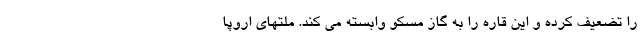
را تضعیف کرده و این قاره را به گاز مسکو وابسته می کند. ملتهای اروپا